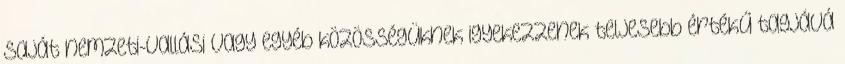
saját nemzeti-vallási vagy egyéb közösségüknek igyekezzenek teljesebb értékű tagjává